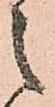
之